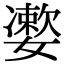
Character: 𡣂